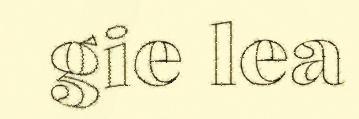
gie lea